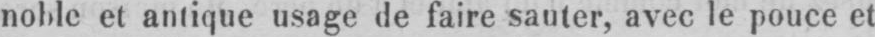
noble et antique usage de faire sauter, avec le pouce et